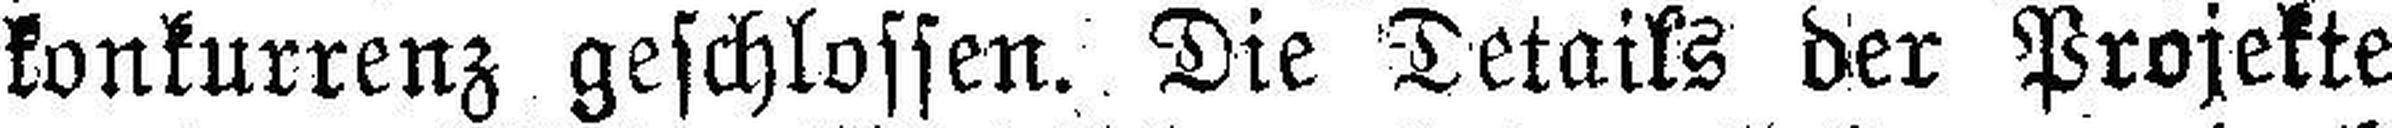
konkurrenz geschlossen. Die Details der Projekte